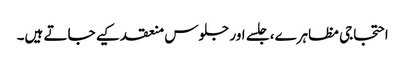
احتجاجی مظاہرے، جلسے اور جلوس منعقد کیے جاتے ہیں۔